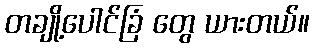
တချို့ပေါင်ခြံ တွေ ယားတယ်။